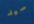
سيد